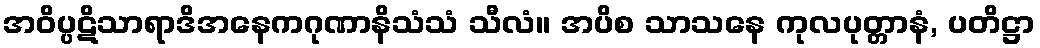
အဝိပ္ပဋိသာရာဒိအနေကဂုဏာနိသံသံ သီလံ။ အပိစ သာသနေ ကုလပုတ္တာနံ, ပတိဋ္ဌာ